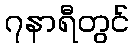
၇နာရီတွင်